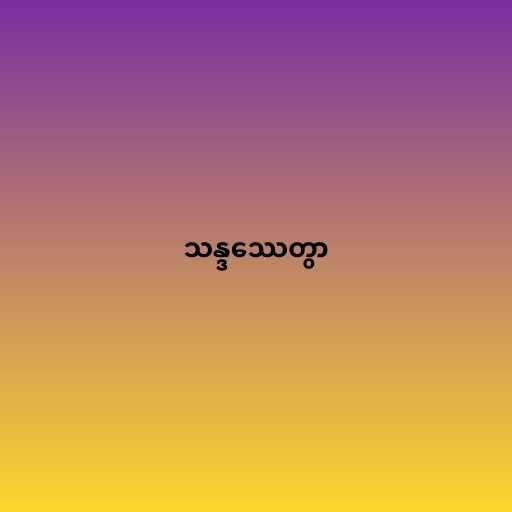
သန္ဒဿေတွာ